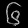
Digit: ၆